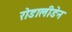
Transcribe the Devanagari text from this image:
रोडालीडेन